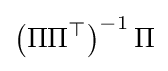
\left(\Pi \Pi ^{\top }\right)^{-1}\Pi